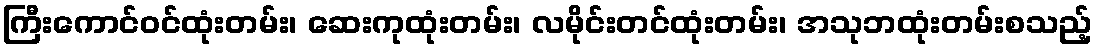
ကြီးကောင်ဝင်ထုံးတမ်း၊ ဆေးကုထုံးတမ်း၊ လမိုင်းတင်ထုံးတမ်း၊ အသုဘထုံးတမ်းစသည့်